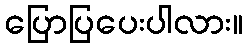
ပြောပြပေးပါလား။